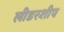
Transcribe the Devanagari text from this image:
लीडरशीप